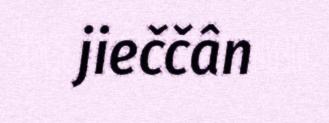
jieččân